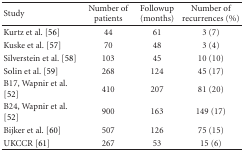
<table><thead><tr><td><b> Study</b></td><td><b>Number of patients</b></td><td><b>Followup (months)</b></td><td><b>Number of recurrences (%)</b></td></tr></thead><tbody><tr><td>Kurtz et al. [56]</td><td>44</td><td>61</td><td>3 (7)</td></tr><tr><td>Kuske et al. [57]</td><td>70</td><td>48</td><td>3 (4)</td></tr><tr><td>Silverstein et al. [58]</td><td>103</td><td>45</td><td>10 (10)</td></tr><tr><td>Solin et al. [59]</td><td>268</td><td>124</td><td>45 (17)</td></tr><tr><td>B17, Wapnir et al. [52]</td><td>410</td><td>207</td><td>81 (20)</td></tr><tr><td>B24, Wapnir et al. [52]</td><td>900</td><td>163</td><td>149 (17)</td></tr><tr><td>Bijker et al. [60]</td><td>507</td><td>126</td><td>75 (15)</td></tr><tr><td>UKCCR [61]</td><td>267</td><td>53</td><td>15 (6)</td></tr></tbody></table>